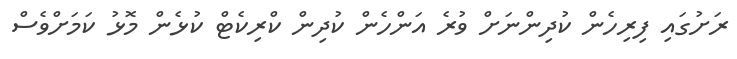
ރަށުގައި ފިރިހެން ކުދިންނަށް ވުރެ އަންހެން ކުދިން ކްރިކެޓް ކުޅެން މޮޅު ކަމަށްވެސް